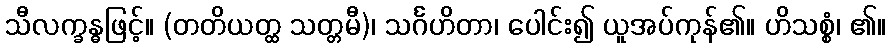
သီလက္ခန္ဓဖြင့်။ (တတိယတ္ထ သတ္တမီ)၊ သင်္ဂဟိတာ၊ ပေါင်း၍ ယူအပ်ကုန်၏။ ဟိသစ္စံ၊ ၏။